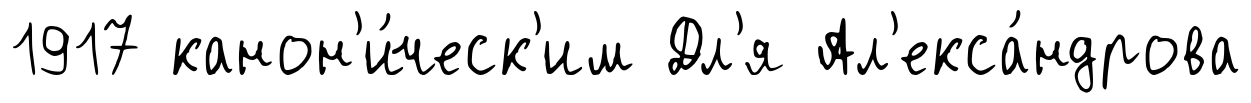
1917 канон'и́ческ'им Дл'я Ал'екса́ндрова